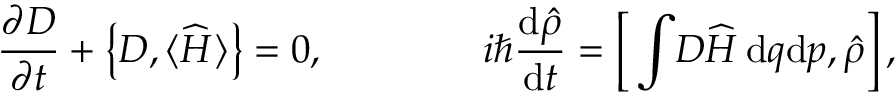
\frac { \partial D } { \partial t } + \big \{ D , { \langle \widehat { H } \rangle } \big \} = 0 , \qquad \qquad i \hbar \frac { \mathrm { d } \hat { \rho } } { \mathrm { d } t } = \bigg [ \int \! D \widehat { H } \, \mathrm { d } q \mathrm { d } p , \hat { \rho } \bigg ] \, ,